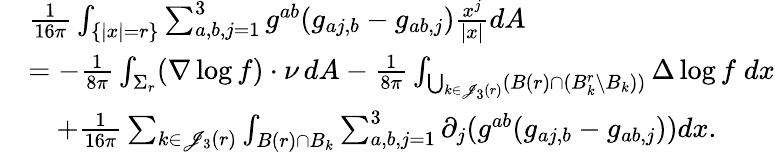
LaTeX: \begin{array}{rl}&{\frac{1}{16\pi}\int_{\{ |x|=r\} }\sum_{a,b,j=1}^{3}{g}^{ab}({g}_{aj,b}-{g}_{ab,j})\frac{x^{j}}{|x|}dA}\\ &{=-\frac{1}{8\pi}\int_{\Sigma_{r}}(\nabla\log f)\cdot\nu\, dA-\frac{1}{8\pi}\int_{\bigcup_{k\in\mathscr J_{3}(r)}(B(r)\cap(B_{k}^{r}\setminus B_{k}))}\Delta\log f\; dx}\\ &{\quad+\frac 1{16\pi}\sum_{k\in\mathscr J_{3}(r)}\int_{B(r)\cap B_{k}}\sum_{a,b,j=1}^{3}\partial_{j}({g}^{ab}({g}_{aj,b}-{g}_{ab,j}))dx.}\end{array}